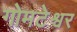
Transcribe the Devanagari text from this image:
गोमटेश्वर